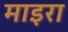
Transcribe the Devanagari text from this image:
माइरा